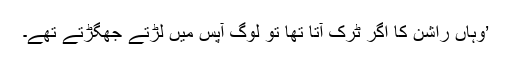
’وہاں راشن کا اگر ٹرک آتا تھا تو لوگ آپس میں لڑتے جھگڑتے تھے۔